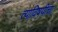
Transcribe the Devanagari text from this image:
त्याविषयीचा